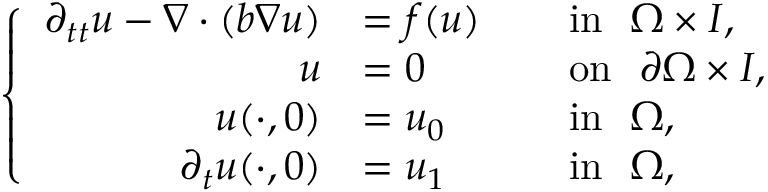
\left\{ \begin{array} { r l r l } { \partial _ { t t } u - \nabla \cdot ( b \nabla u ) } & { = f ( u ) } & & { \mathrm { i n } ~ ~ \Omega \times I , } \\ { u } & { = 0 \quad } & & { \mathrm { o n } ~ ~ \partial \Omega \times I , } \\ { u ( \cdot , 0 ) } & { = u _ { 0 } \quad } & & { \mathrm { i n } ~ ~ \Omega , } \\ { \partial _ { t } u ( \cdot , 0 ) } & { = u _ { 1 } \quad } & & { \mathrm { i n } ~ ~ \Omega , } \end{array} \right.